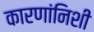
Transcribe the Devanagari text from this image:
कारणांनिशी